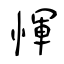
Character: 惲